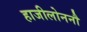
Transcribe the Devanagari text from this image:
हाजीलोननौ